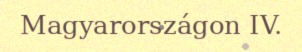
Magyarországon IV.